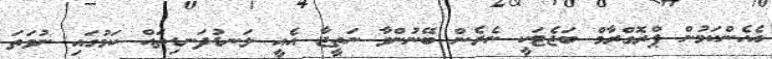
އެހެންކަމުން ޕްރޮގްރާމް ބަޖެޓަކީ ނެރެން ބޭނުންވާ ނަތީޖާ އެއީ ލަނޑުދަނޑިތައް ކަމުގައި ނުވަތަ